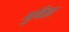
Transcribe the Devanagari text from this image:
मूविडा